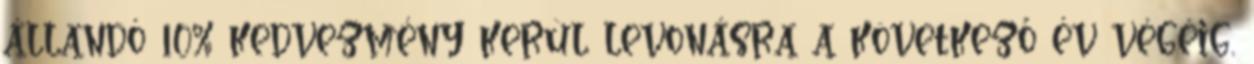
állandó 10% kedvezmény kerül levonásra a következő év végéig.